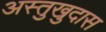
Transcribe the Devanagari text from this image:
अस्तुखुदास